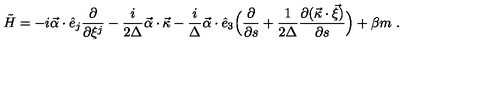
\tilde { H } = - i \vec { \alpha } \cdot \hat { e } _ { j } \frac { \partial } { \partial \xi ^ { j } } - \frac { i } { 2 \Delta } \vec { \alpha } \cdot \vec { \kappa } - \frac { i } { \Delta } \vec { \alpha } \cdot \hat { e } _ { 3 } \Bigl ( \frac { \partial } { \partial s } + \frac { 1 } { 2 \Delta } \frac { \partial ( \vec { \kappa } \cdot \vec { \xi } ) } { \partial s } \Bigr ) + \beta m \ .